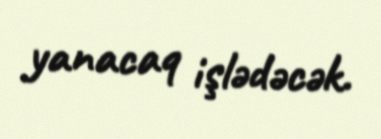
yanacaq işlədəcək.